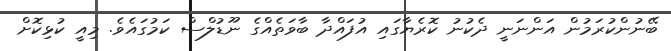
ބޭނުންކުރަމުން އަންނަނީ ދެކުނު ކޮރެޔާގައި އުފައްދާ ބާވަތެއްގެ ނޫޑުލްސް ކަމުގައެވެ. މިއީ ކުޅިކޮށް